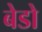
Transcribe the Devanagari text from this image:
बेडो